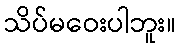
သိပ်မဝေးပါဘူး။